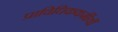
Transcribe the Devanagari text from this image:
प्राविधिककर्मीयौं